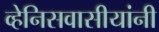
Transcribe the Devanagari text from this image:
व्हेनिसवासीयांनी